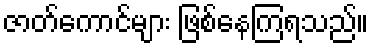
ဇာတ်ကောင်များ ဖြစ်နေကြရသည်။